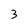
Character: 3